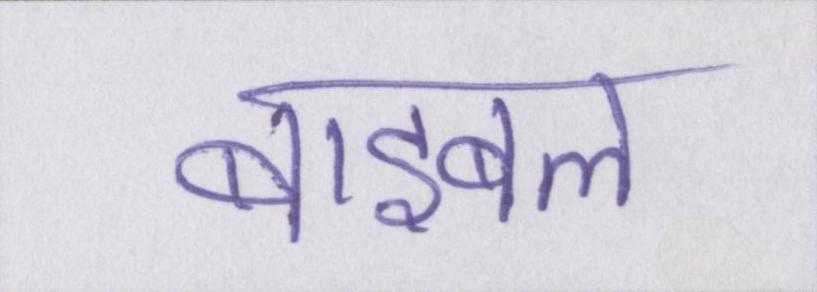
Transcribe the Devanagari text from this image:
बाइबल